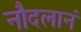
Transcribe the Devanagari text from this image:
नौदलानं